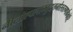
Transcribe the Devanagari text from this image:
नीलोत्पलाम्बुदतनोस्तरुणार्ककोटि